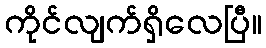
ကိုင်လျက်ရှိလေပြီ။